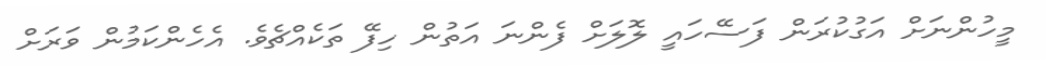
މީހުންނަށް އަގުކުރަން ފަސޭހައީ ލޮލަށް ފެންނަ އަތުން ހިފޭ ތަކެއްޗެވެ. އެހެންކަމުން ވަރަށް